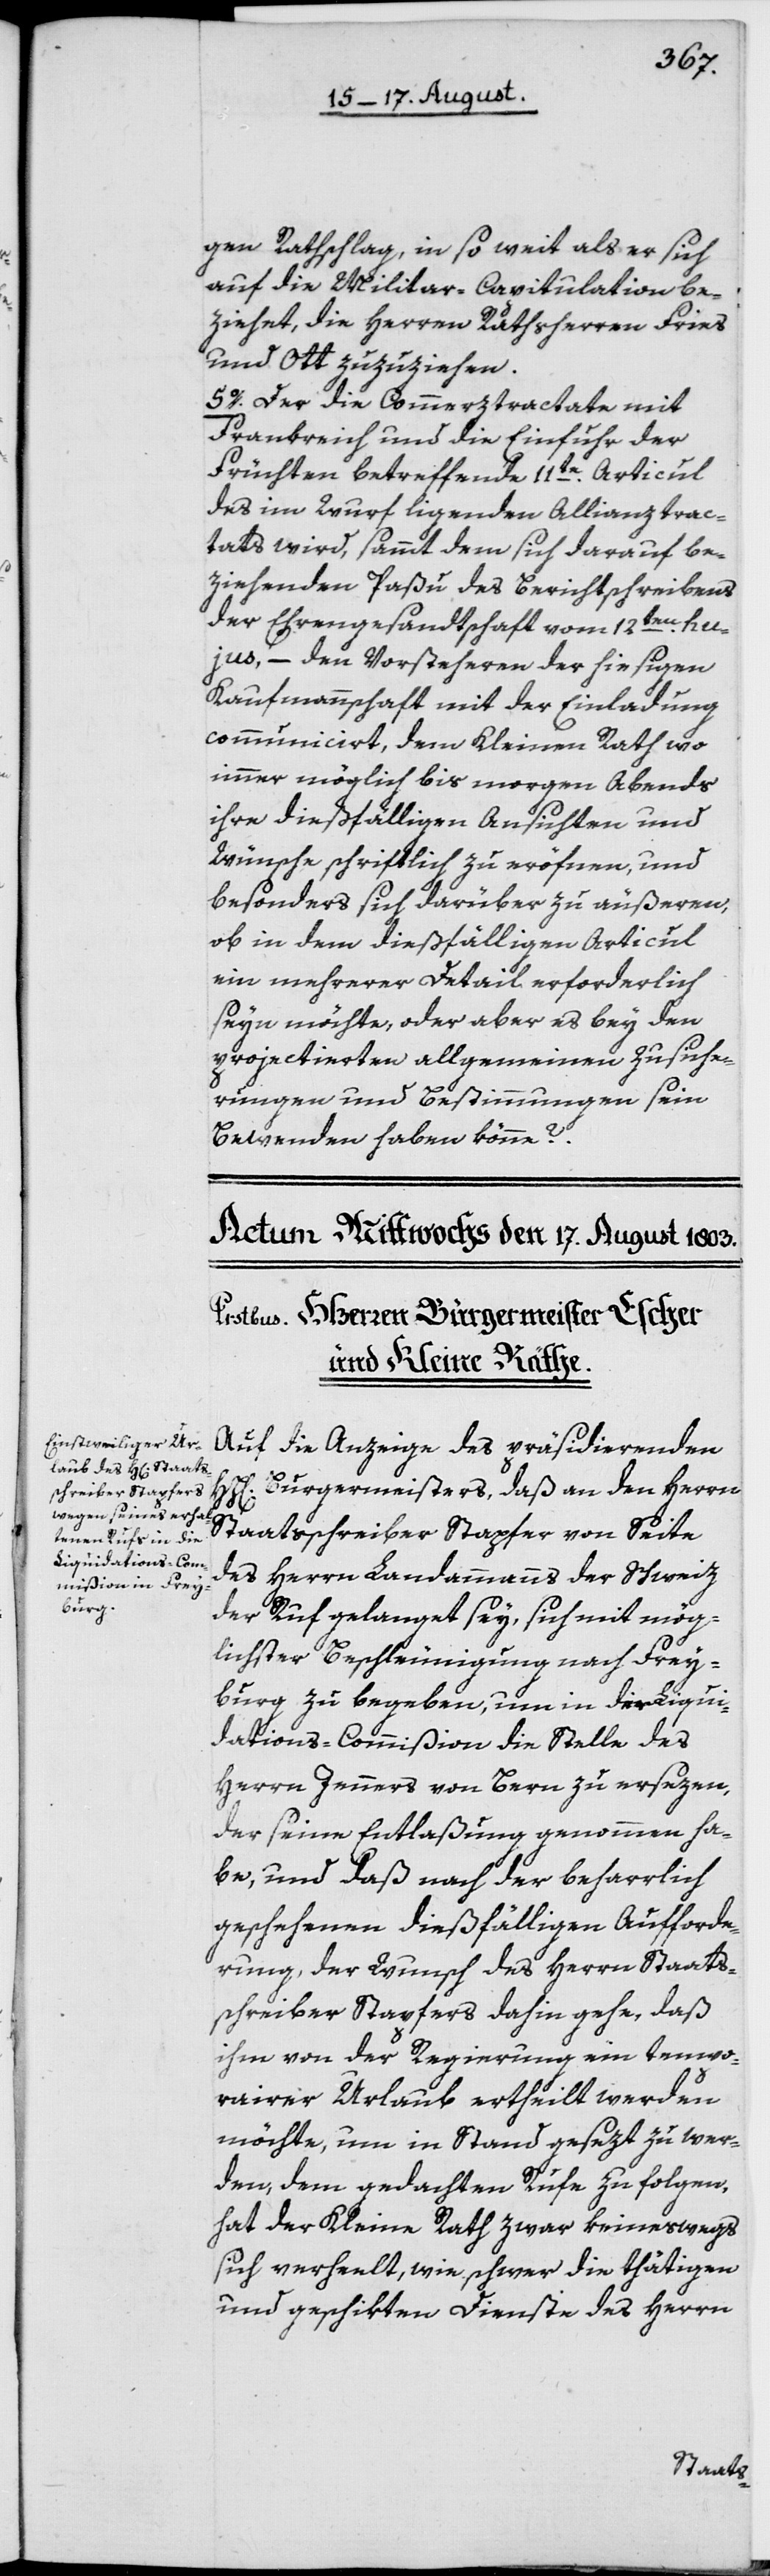
gen Rathschlag, in so weit als er sich
auf die Militar-Capitulation be¬
ziehet, die Herren Rathsherren Fries
und Ott zuzuziehen.
5o. Der die Commerztractate mit
Frankreich und die Einfuhr der
Früchten betreffende 11te Articul
des im Wurf ligenden Allianztrac¬
tats wird, sammt dem sich darauf be¬
ziehenden Paßu des Berichtschreibens
der Ehrengesandtschaft vom 12ten hu¬
jus, – den Vorsteheren der hiesigen
Kaufmannschaft mit der Einladung
communicirt, dem Kleinen Rath wo
immer möglich bis morgen Abends
ihre dießfälligen Ansichten und
Wünsche schriftlich zu eröfnen, und
besonders sich darüber zu äußeren,
ob in dem dießfälligen Articul
ein mehrerer Detail erforderlich
seyn möchte, oder aber es bey den
projectierten allgemeinen Zusiche¬
rungen und Bestimmungen sein
Bewenden haben könne?
die Anzeige des präsidierenden HH[err¬
n] Burgermeisters, daß an den Herrn
Staatsschreiber Stapfer von Seite
des Herrn Landammanns der Schweiz
der Ruf gelanget sey, sich mit mög¬
lichster Beschleunigung nach Frey¬
burg zu begeben, um in der Liqui¬
dations-Commißion die Stelle des
Herrn Jenners von Bern zu ersezen,
der seine Entlaßung genommen ha¬
be, und daß nach der beharrlich
geschehenen dießfälligen Aufforde¬
rung, der Wunsch des Herrn Staats¬
schreiber Stapfers dahin gehe, daß
ihm von der Regierung ein tempo¬
rairer Urlaub ertheilt werden
möchte, um in Stand gesezt zu wer¬
den, dem gedachten Rufe zu folgen,
hat der Kleine Rath zwar keineswegs
sich verheelt, wie schwer die thätigen
und geschikten Dienste des Herrn